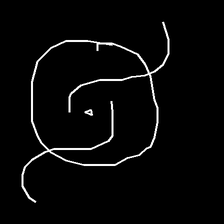
Glyph: repetition